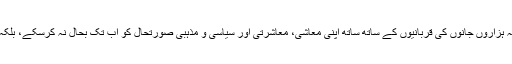
حضور والا کے تشریف لانے کا اثر ہم پاکستانیوں پر ہی پڑا تھا بلکہ ایسا پڑا کہ ہزاروں جانوں کی قربانیوں کے ساتھ ساتھ اپنی معاشی، معاشرتی اور سیاسی و مذہبی صورتحال کو اب تک بحال نہ کرسکے، بلکہ ہمارا معاشرہ شاید ہمیشہ کے لیے انتہا پسندی کے عذاب میں مبتلا ہو چکا ہے۔